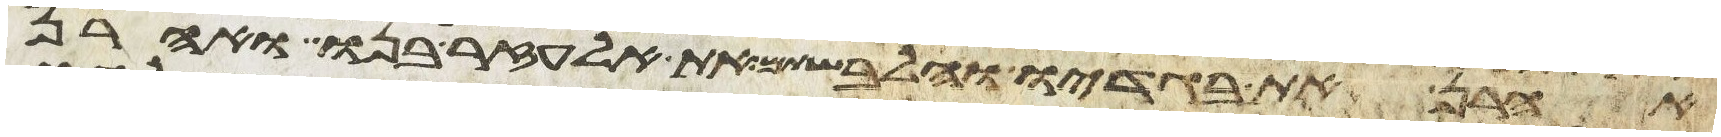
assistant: אהרן את בגדיו והלבשתם את אלעזר בנו ואהרן